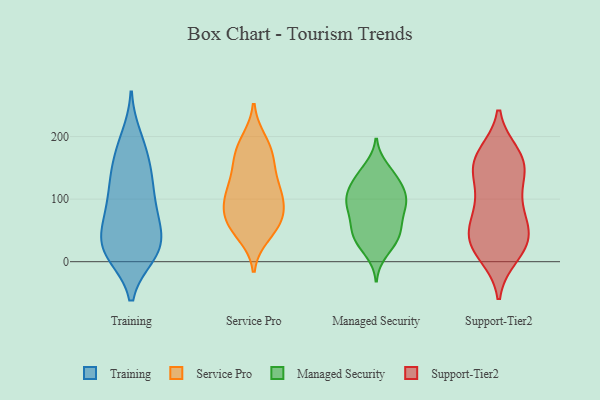
{"axis": {"x": "Revenue (USD Million)", "y": "Value"}, "legend": ["Managed Security", "Service Pro", "Support-Tier2", "Training"], "data": [{"x": "", "y": 138, "type": "Training"}, {"x": "", "y": 80, "type": "Training"}, {"x": "", "y": 12, "type": "Training"}, {"x": "", "y": 32, "type": "Training"}, {"x": "", "y": 147, "type": "Training"}, {"x": "", "y": 199, "type": "Training"}, {"x": "", "y": 21, "type": "Training"}, {"x": "", "y": 170, "type": "Training"}, {"x": "", "y": 188, "type": "Training"}, {"x": "", "y": 12, "type": "Training"}, {"x": "", "y": 101, "type": "Training"}, {"x": "", "y": 68, "type": "Training"}, {"x": "", "y": 11, "type": "Training"}, {"x": "", "y": 27, "type": "Training"}, {"x": "", "y": 87, "type": "Training"}, {"x": "", "y": 17, "type": "Training"}, {"x": "", "y": 59, "type": "Training"}, {"x": "", "y": 117, "type": "Training"}, {"x": "", "y": 50, "type": "Training"}, {"x": "", "y": 136, "type": "Training"}, {"x": "", "y": 70, "type": "Service Pro"}, {"x": "", "y": 78, "type": "Service Pro"}, {"x": "", "y": 63, "type": "Service Pro"}, {"x": "", "y": 101, "type": "Service Pro"}, {"x": "", "y": 107, "type": "Service Pro"}, {"x": "", "y": 193, "type": "Service Pro"}, {"x": "", "y": 155, "type": "Service Pro"}, {"x": "", "y": 106, "type": "Service Pro"}, {"x": "", "y": 155, "type": "Service Pro"}, {"x": "", "y": 54, "type": "Service Pro"}, {"x": "", "y": 43, "type": "Service Pro"}, {"x": "", "y": 185, "type": "Service Pro"}, {"x": "", "y": 110, "type": "Service Pro"}, {"x": "", "y": 173, "type": "Service Pro"}, {"x": "", "y": 125, "type": "Service Pro"}, {"x": "", "y": 64, "type": "Service Pro"}, {"x": "", "y": 101, "type": "Managed Security"}, {"x": "", "y": 93, "type": "Managed Security"}, {"x": "", "y": 15, "type": "Managed Security"}, {"x": "", "y": 58, "type": "Managed Security"}, {"x": "", "y": 131, "type": "Managed Security"}, {"x": "", "y": 89, "type": "Managed Security"}, {"x": "", "y": 89, "type": "Managed Security"}, {"x": "", "y": 63, "type": "Managed Security"}, {"x": "", "y": 150, "type": "Managed Security"}, {"x": "", "y": 36, "type": "Managed Security"}, {"x": "", "y": 129, "type": "Managed Security"}, {"x": "", "y": 143, "type": "Managed Security"}, {"x": "", "y": 104, "type": "Managed Security"}, {"x": "", "y": 58, "type": "Managed Security"}, {"x": "", "y": 108, "type": "Managed Security"}, {"x": "", "y": 121, "type": "Managed Security"}, {"x": "", "y": 36, "type": "Managed Security"}, {"x": "", "y": 30, "type": "Managed Security"}, {"x": "", "y": 45, "type": "Managed Security"}, {"x": "", "y": 89, "type": "Managed Security"}, {"x": "", "y": 56, "type": "Support-Tier2"}, {"x": "", "y": 91, "type": "Support-Tier2"}, {"x": "", "y": 30, "type": "Support-Tier2"}, {"x": "", "y": 163, "type": "Support-Tier2"}, {"x": "", "y": 148, "type": "Support-Tier2"}, {"x": "", "y": 149, "type": "Support-Tier2"}, {"x": "", "y": 39, "type": "Support-Tier2"}, {"x": "", "y": 131, "type": "Support-Tier2"}, {"x": "", "y": 156, "type": "Support-Tier2"}, {"x": "", "y": 87, "type": "Support-Tier2"}, {"x": "", "y": 30, "type": "Support-Tier2"}, {"x": "", "y": 44, "type": "Support-Tier2"}, {"x": "", "y": 169, "type": "Support-Tier2"}, {"x": "", "y": 172, "type": "Support-Tier2"}, {"x": "", "y": 13, "type": "Support-Tier2"}, {"x": "", "y": 45, "type": "Support-Tier2"}, {"x": "", "y": 93, "type": "Support-Tier2"}, {"x": "", "y": 10, "type": "Support-Tier2"}]}